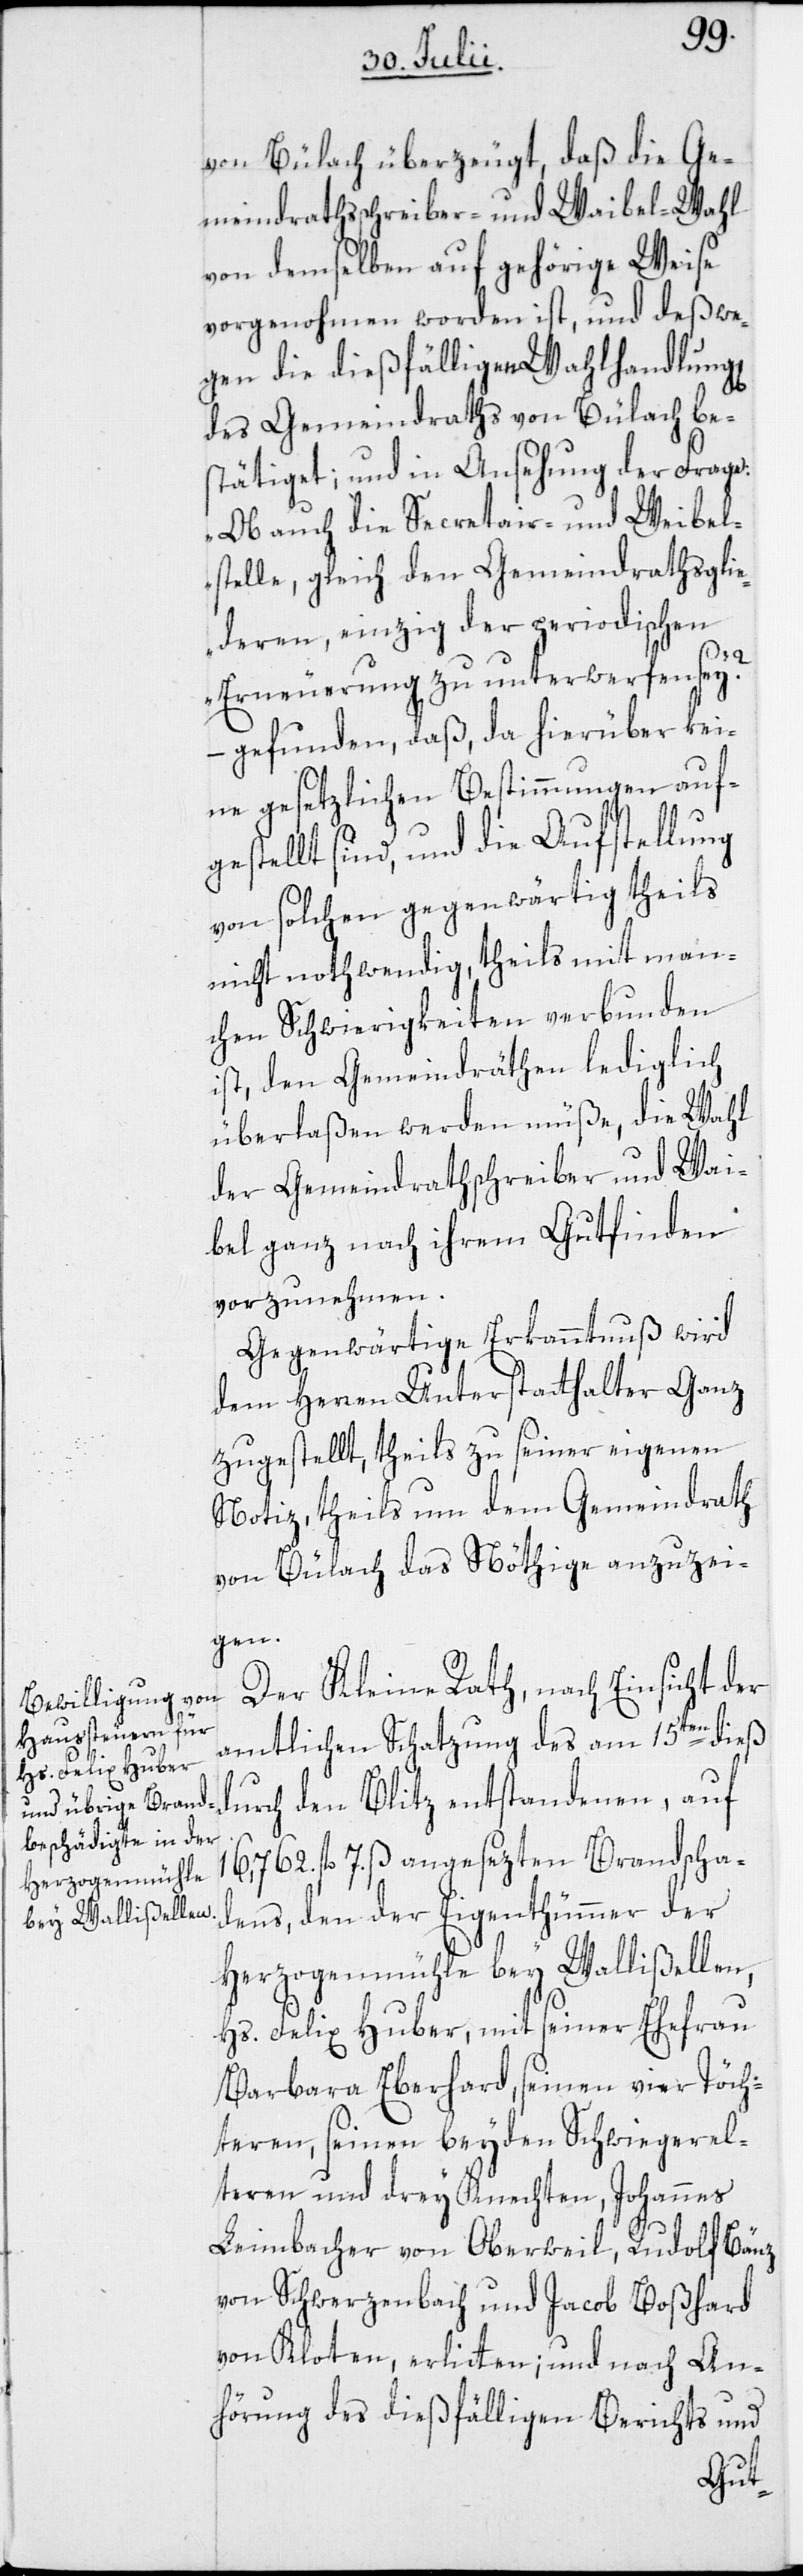
von Bülach überzeugt, daß die Ge¬
meindrathsschreiber- und Waibel-Wahl
von demselben auf gehörige Weise
vorgenohmen worden ist, und deßwe¬
gen die dießfälligen Wahlhandlun¬
des Gemeindraths von Bülach be¬
stätiget; und in Ansehung der Frage:
„Ob auch die Secretair- und Weibel¬
stelle, gleich den Gemeindrathsglie¬
deren, einzig der periodischen
Erneuerung zu unterwerfen sey“?
– gefunden, daß, da hierüber kei¬
ne gesetzlichen Bestimmungen auf¬
gestellt sind, und die Aufstellung
von solchen gegenwärtig theils
nicht nothwendig, theils mit man¬
chen Schwierigkeiten verbunden
ist, den Gemeindräthen lediglich
überlaßen werden müße, die Wahl
der Gemeindrathschreiber und Wai¬
bel ganz nach ihrem Gutfinden
vorzunehmen.
Gegenwärtige Erkanntnuß wird
dem Herren Unterstatthalter Ganz
zugestellt, theils zu seiner eigenen
Notiz, theils um dem Gemeindrath
von Bülach das Nöthige anzuzei¬
gen.
Der Kleine Rath, nach Einsicht der
amtlichen Schatzung des am 15ten dieß
durch den Blitz entstandenen, auf
16,762. fl. 7. ß angesezten Brandscha¬
dens, den der Eigenthümmer der
Herzogenmühle bey Wallißellen,
Hs. Felix Huber, mit seiner Ehefrau
Barbara Eberhard, seinen vier Töch¬
teren, seinen beyden Schwiegerel¬
teren und drey Knechten, Johannes
Leimbacher von Oberweil, Rudolf Bänz
von Schwerzenbach und Jacob Boßhard
von Kloten, erlitten; und nach An¬
hörung des dießfälligen Berichts und